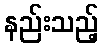
နည်းသည့်